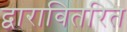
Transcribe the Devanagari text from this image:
द्वारावितरित